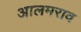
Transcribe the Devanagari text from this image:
आलमराव